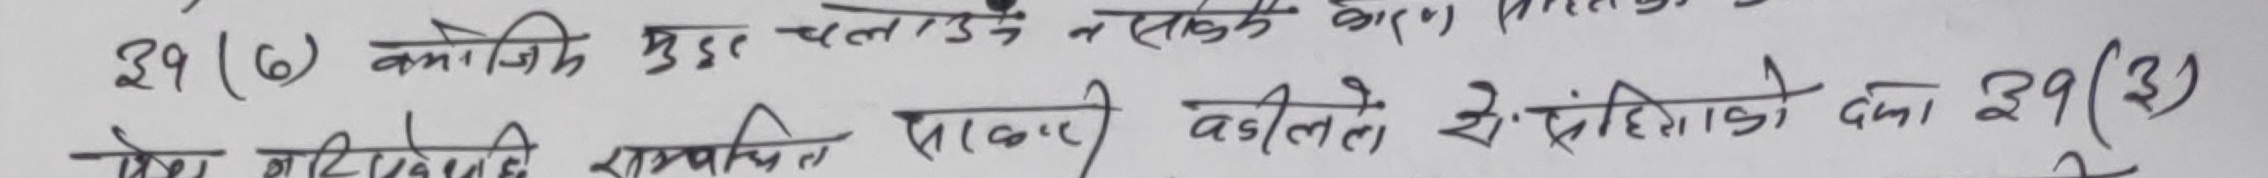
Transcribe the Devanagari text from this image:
३९(७) कमजोर मुद्दा चलाउने नसक्ने कारण।
तेमा बढीमाथी सम्वन्धित पाल्कार बकीले से संहितेको देमा ३९(३)